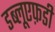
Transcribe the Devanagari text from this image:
डब्लूएफ़डी